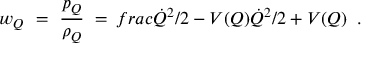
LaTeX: w _ { Q } \ = \ \frac { p _ { Q } } { \rho _ { Q } } \ = \, f r a c { \dot { Q } ^ { 2 } / 2 - V ( Q ) } { \dot { Q } ^ { 2 } / 2 + V ( Q ) } \; \; .